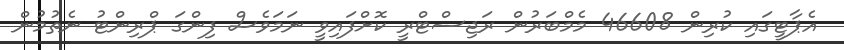
އެޕާޓީގައި ކުރިން 46608 މެމްބަރުން ރަޖިސްޓްރީ ކޮށްފައިވީ ނަމަވެސް ފިންގަ ޕްރިންޓު ނެތުމުން